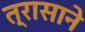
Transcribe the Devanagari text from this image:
त्रासाने